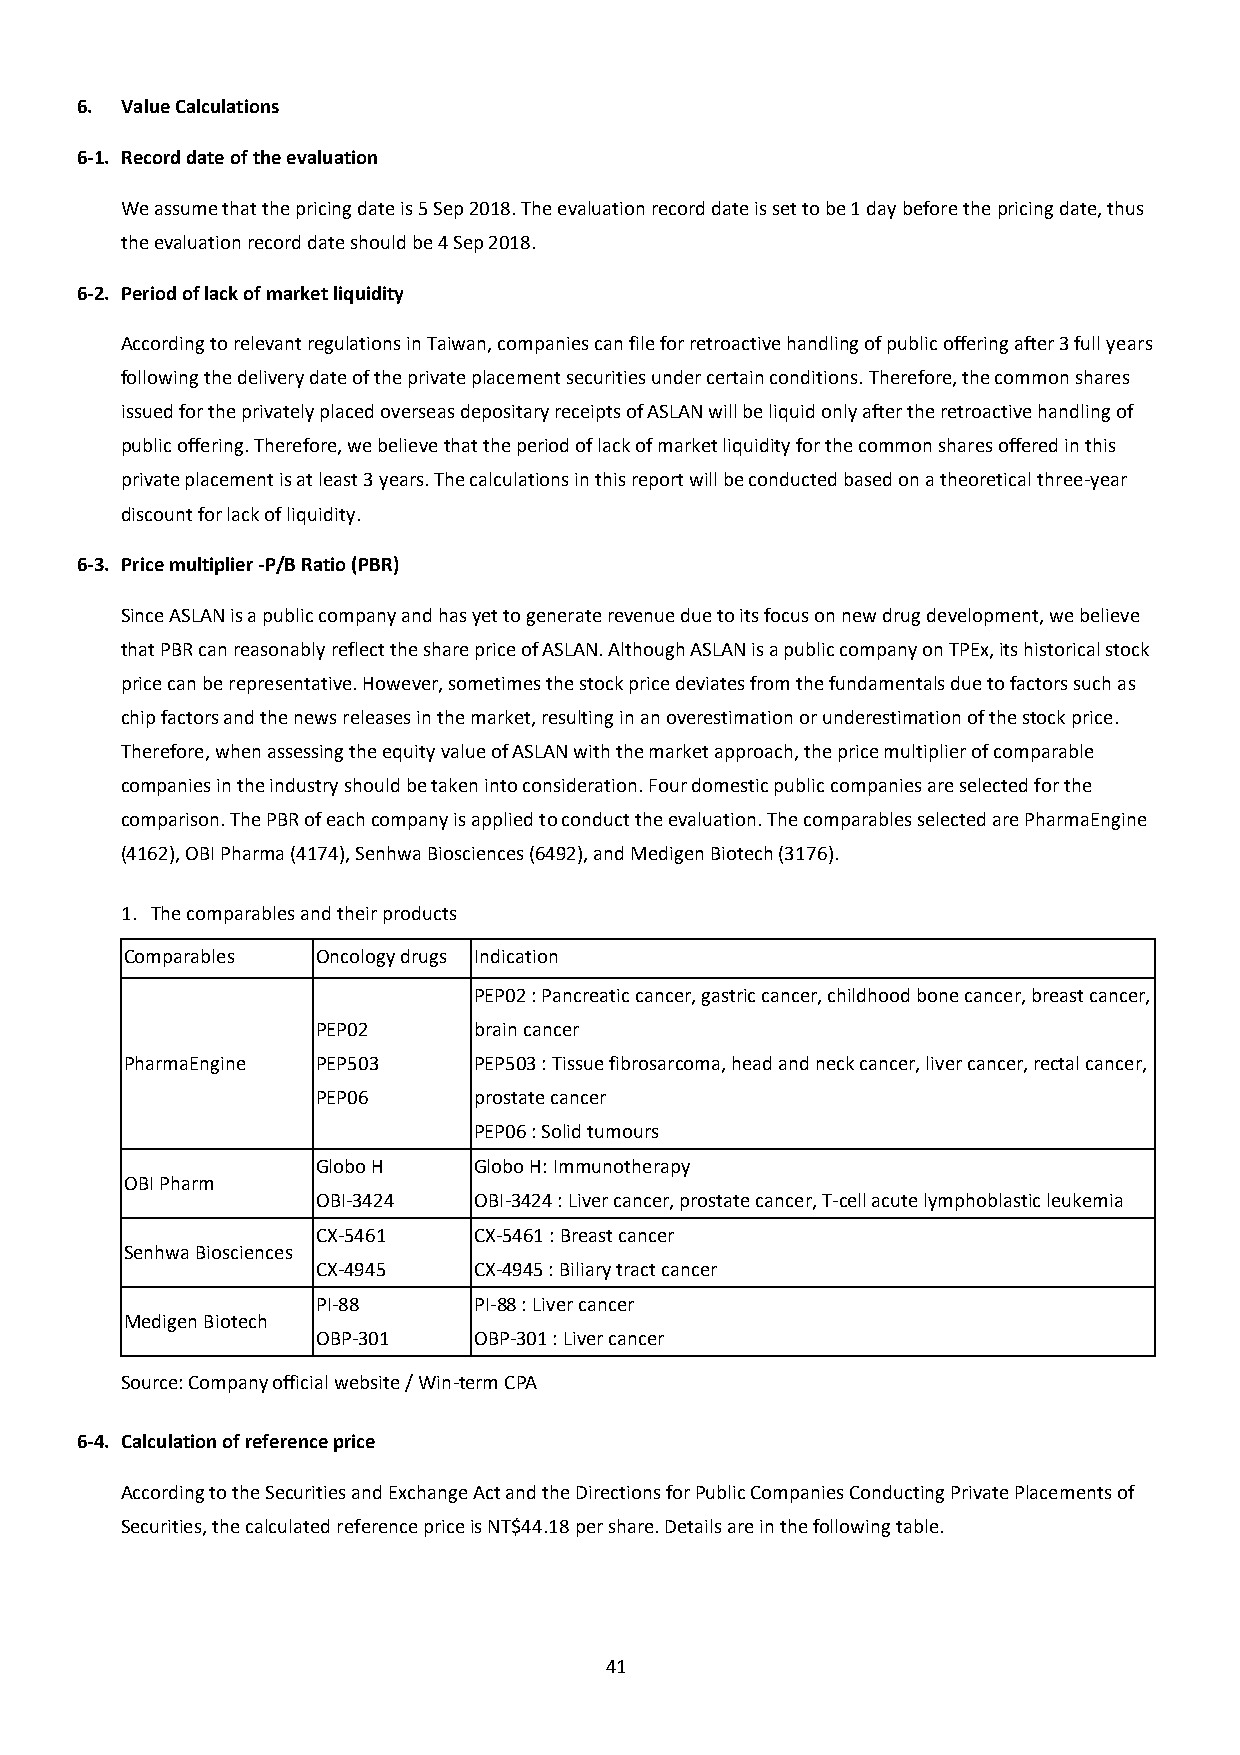
6. Value Calculations
 6-1. Record date of the evaluation
 We assume that the pricing date is 5 Sep 2018. The evaluation record date is set to be 1 day before the pricing date, thus
 the evaluation record date should be 4 Sep 2018.
 6-2. Period of lack of market liquidity
 According to relevant regulations in Taiwan, companies can file for retroactive handling of public offering after 3 full years
 following the delivery date of the private placement securities under certain conditions. Therefore, the common shares
 issued for the privately placed overseas depositary receipts of ASLAN will be liquid only after the retroactive handling of
 public offering. Therefore, we believe that the period of lack of market liquidity for the common shares offered in this
 private placement is at least 3 years. The calculations in this report will be conducted based on a theoretical three-year
 discount for lack of liquidity.
 6-3. Price multiplier -P/B Ratio (PBR)
 Since ASLAN is a public company and has yet to generate revenue due to its focus on new drug development, we believe
 that PBR can reasonably reflect the share price of ASLAN. Although ASLAN is a public company on TPEx, its historical stock
 price can be representative. However, sometimes the stock price deviates from the fundamentals due to factors such as
 chip factors and the news releases in the market, resulting in an overestimation or underestimation of the stock price.
 Therefore, when assessing the equity value of ASLAN with the market approach, the price multiplier of comparable
 companies in the industry should be taken into consideration. Four domestic public companies are selected for the
 comparison. The PBR of each company is applied to conduct the evaluation. The comparables selected are PharmaEngine
 (4162), OBI Pharma (4174), Senhwa Biosciences (6492), and Medigen Biotech (3176).
 1. The comparables and their products
 Comparables  Oncology drugs Indication
 PEP02 : Pancreatic cancer, gastric cancer, childhood bone cancer, breast cancer,
 PEP02     brain cancer
 PharmaEngine PEP503    PEP503 : Tissue fibrosarcoma, head and neck cancer, liver cancer, rectal cancer,
 PEP06     prostate cancer
 PEP06 : Solid tumours
 Globo H   Globo H: Immunotherapy
 OBI Pharm
 OBI-3424  OBI-3424 : Liver cancer, prostate cancer, T-cell acute lymphoblastic leukemia
 CX-5461   CX-5461 : Breast cancer
 Senhwa Biosciences
 CX-4945   CX-4945 : Biliary tract cancer
 PI-88     PI-88 : Liver cancer
 Medigen Biotech
 OBP-301   OBP-301 : Liver cancer
 Source: Company official website / Win-term CPA
 6-4. Calculation of reference price
 According to the Securities and Exchange Act and the Directions for Public Companies Conducting Private Placements of
 Securities, the calculated reference price is NT$44.18 per share. Details are in the following table.
 41